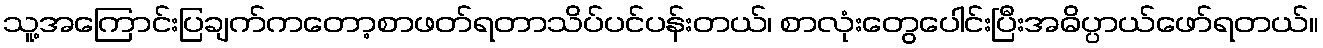
သူ့အကြောင်းပြချက်ကတော့စာဖတ်ရတာသိပ်ပင်ပန်းတယ်၊ စာလုံးတွေပေါင်းပြီးအဓိပ္ပာယ်ဖော်ရတယ်။